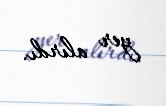
yer alırdı.